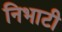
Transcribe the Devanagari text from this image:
निभाटी